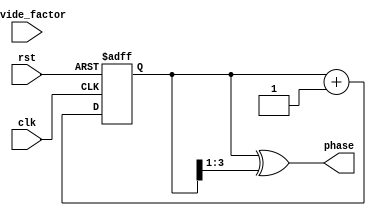
module Gray_counter_clock_divider (
    input wire clk,
    input wire rst,
    input wire [3:0] divide_factor,
    output wire [3:0] phase
);

reg [3:0] count;

always @(posedge clk or posedge rst) begin
    if (rst) begin
        count <= 4'b0000;
    end else begin
        count <= count + 1;
    end
end

assign phase = count ^ (count >> 1);

endmodule